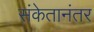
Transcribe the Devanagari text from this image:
संकेतानंतर